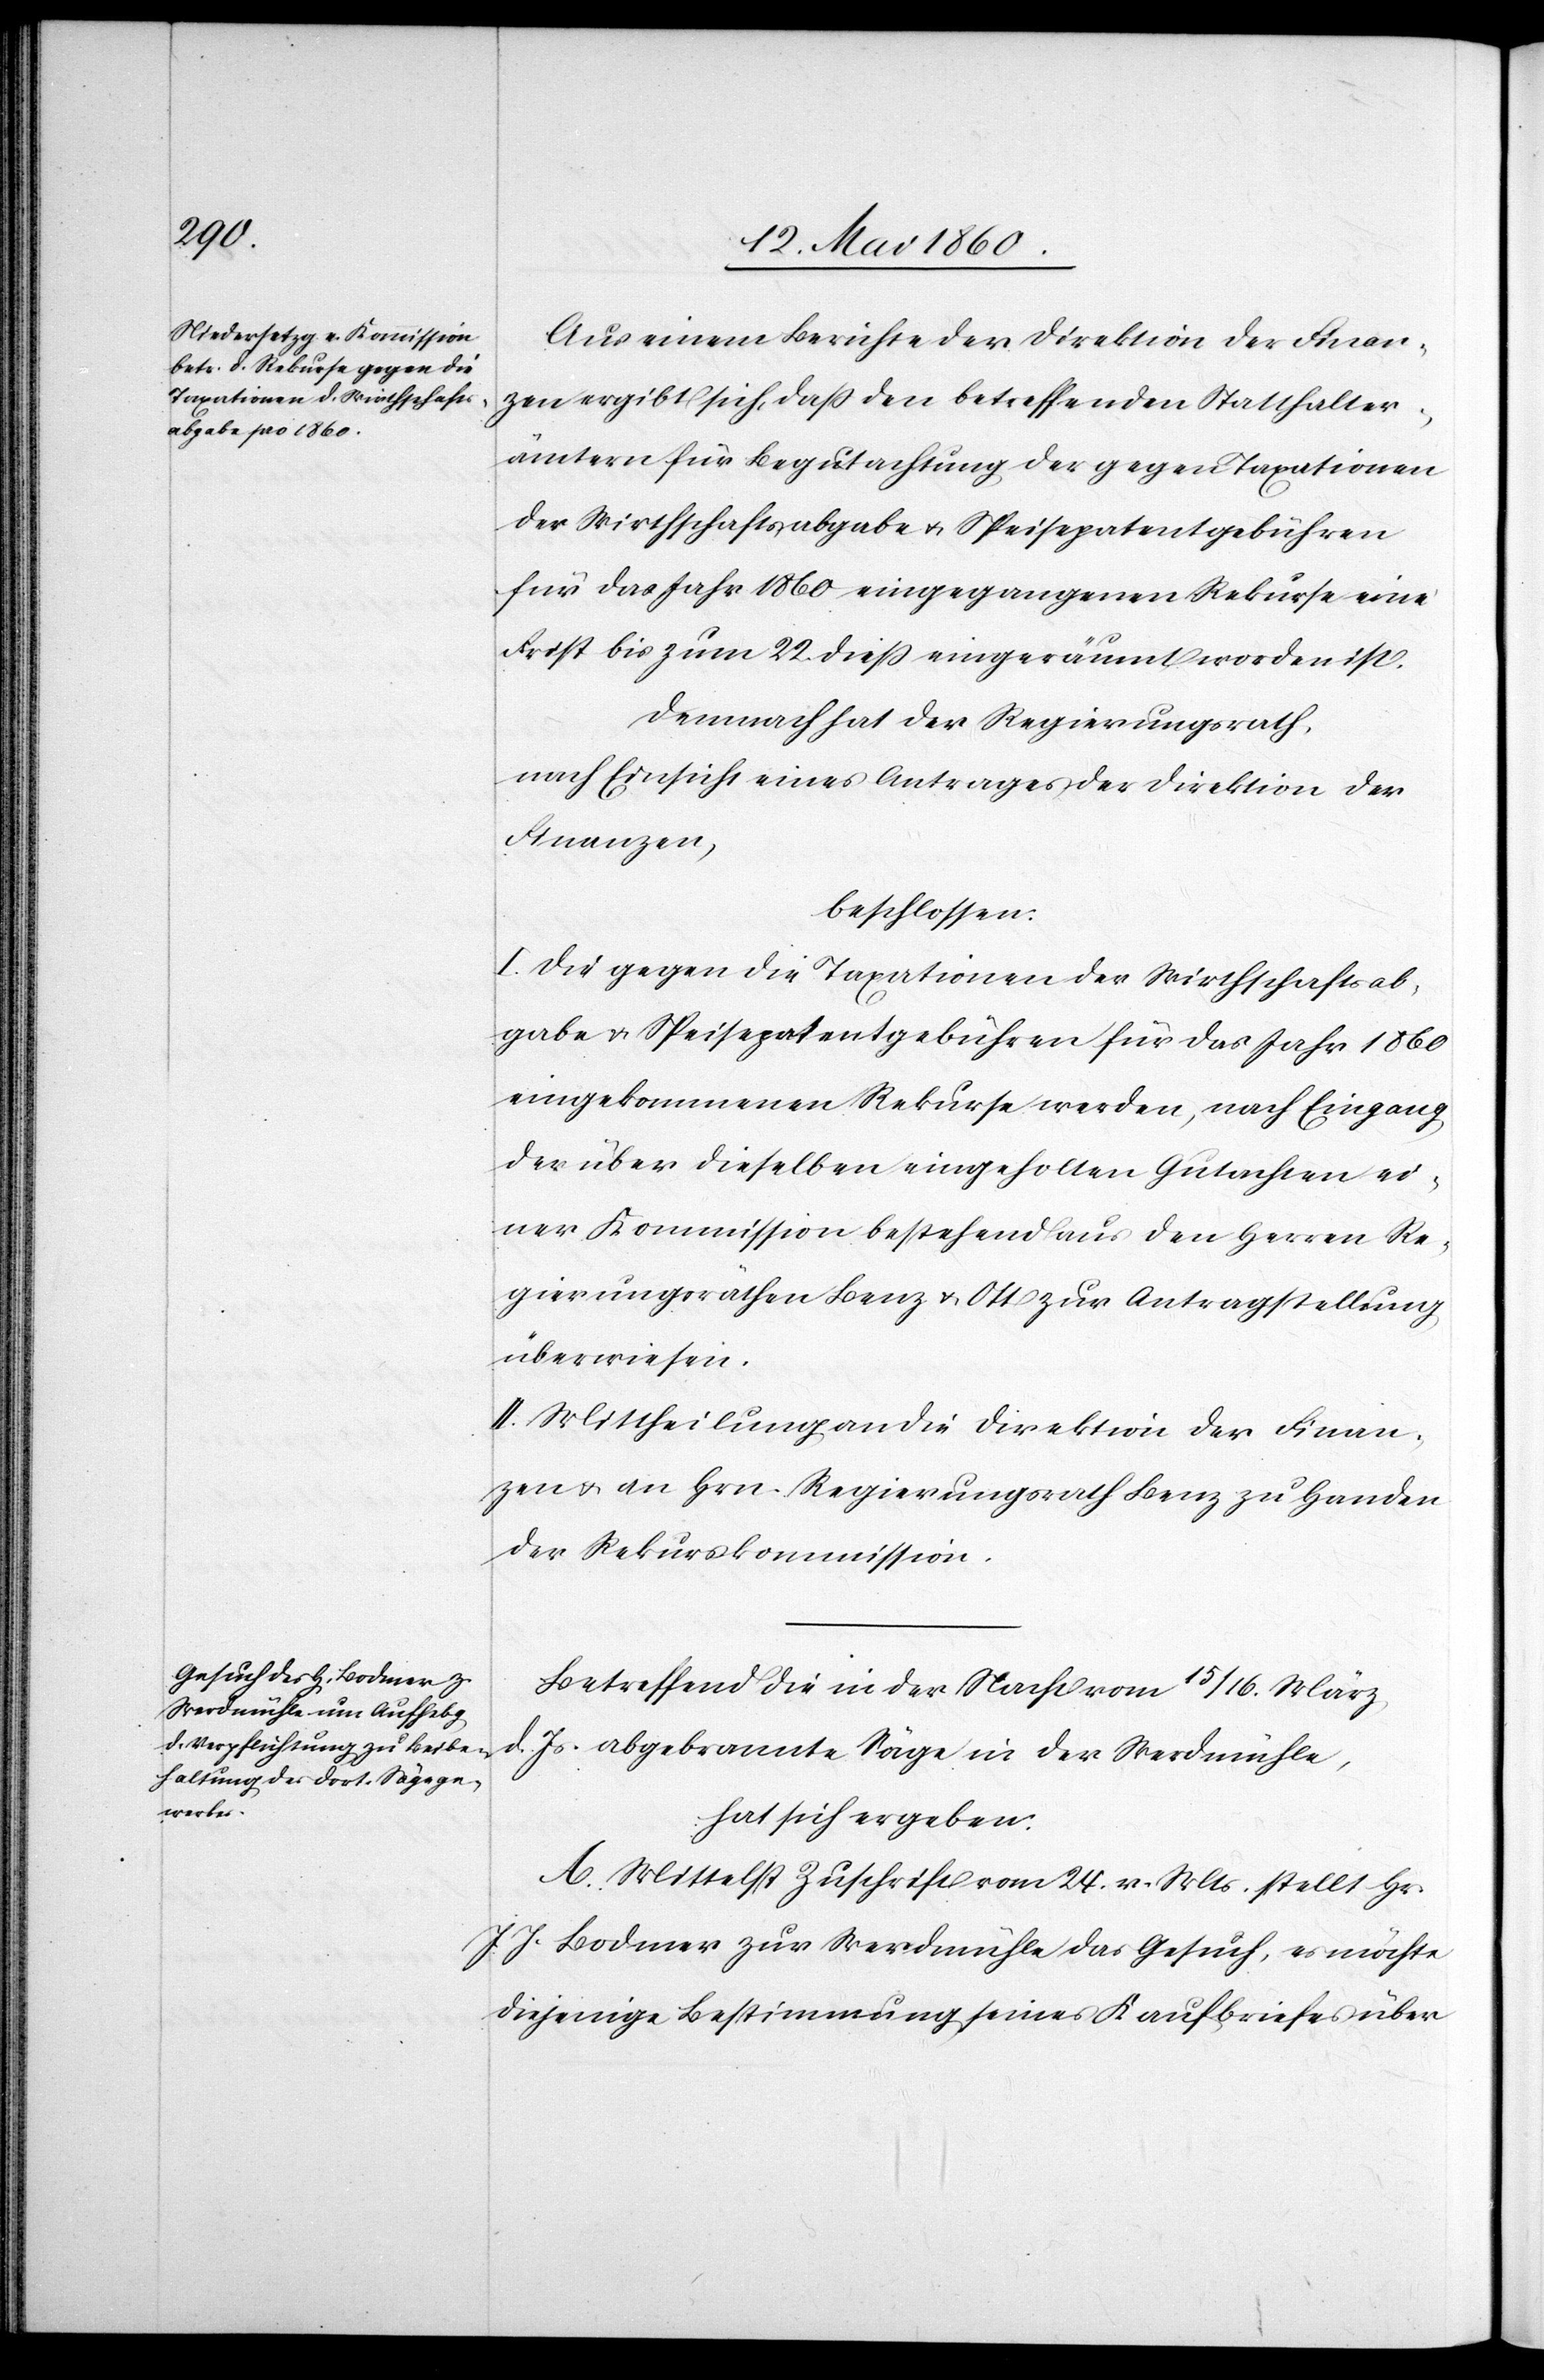
Aus einem Berichte der Direktion der Finan¬
zen ergibt sich, dass den betreffenden Statthalter¬
ämtern für Begutachtung der gegen Taxationen
der Wirthschafsabgabe u. Speisepatentgebühren
für das Jahr 1860 eingegangenen Rekurse eine
Frist bis zum 22. diess eingeräumt worden ist.
Demnach hat der Regierungsrath,
nach Einsicht eines Antrages der Direktion der
Finanzen,
beschlossen:
I. Die gegen die Taxationen der Wirthschaftsab¬
gabe u. Speisepatentgebühren für das Jahr 1860
eingekommenen Rekurse werden, nach Eingang
der über dieselben eingeholten Gutachten ei¬
ner Kommission bestehend aus den Herren Re¬
gierungsräthen Benz u. Ott zur Antragstellung
überwiesen.
II. Mittheilung an die Direktion der Finan¬
zen u. an Hrn. Regierungsrath Benz zu Handen
der Rekurskommission.
Betreffend die in der Nacht vom 15/16. März
d. Js. abgebrannte Säge in der Werdmühle,
hat sich ergeben:
A. Mittelst Zuschrift vom 14. v. Mts. stellt Hr.
J. J. Bodmer zur Werdmühle das Gesuch, es möchte
diejenige Bestimmung seines Kaufbriefes über